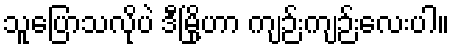
သူပြောသလိုပဲ ဒီမြို့ဟာ ကျဉ်းကျဉ်းလေးပါ။